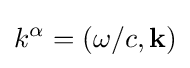
k^{\alpha }=(\omega /c,\mathbf {k} )